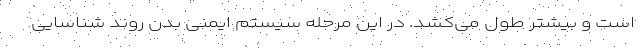
است و بیشتر طول می‌کشد. در این مرحله سیستم ایمنی بدن روند شناسایی